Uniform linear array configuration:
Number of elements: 24
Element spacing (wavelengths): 0.75
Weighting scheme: uniform
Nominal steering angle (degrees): -60
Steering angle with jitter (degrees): -59.126
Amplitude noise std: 0.05
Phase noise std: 0.05

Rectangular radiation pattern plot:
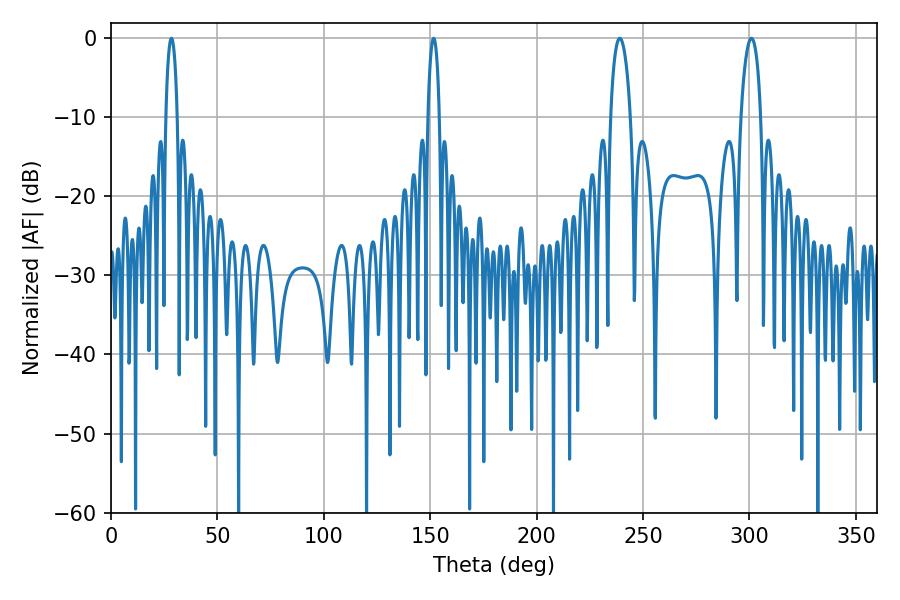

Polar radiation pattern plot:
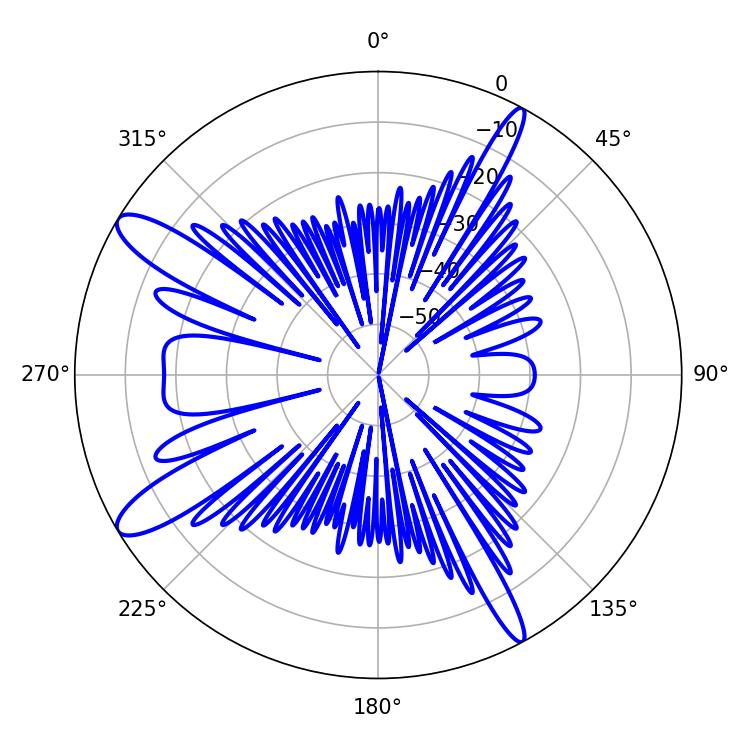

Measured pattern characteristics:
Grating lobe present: TRUE
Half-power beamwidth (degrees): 5.4
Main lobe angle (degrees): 239.04